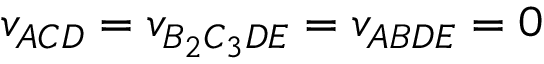
v _ { A C D } = v _ { B _ { 2 } C _ { 3 } D E } = v _ { A B D E } = 0